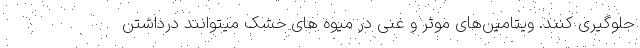
جلوگیری کنند. ویتامین‌های موثر و غنی در میوه‌ های خشک میتوانند درداشتن